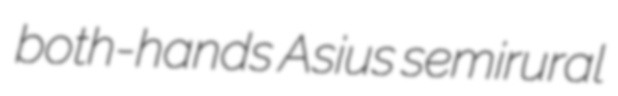
both-hands Asius semirural